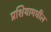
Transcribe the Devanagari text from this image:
प्रशियामधील